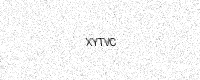
Text: XYTVC